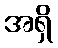
အရှိ